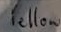
Text: Yellow